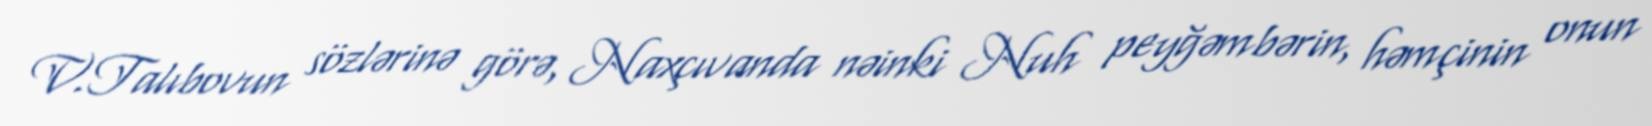
V.Talıbovun sözlərinə görə, Naxçıvanda nəinki Nuh peyğəmbərin, həmçinin onun